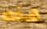
هذه